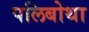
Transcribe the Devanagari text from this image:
पलिबोथा